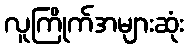
လူကြိုက်အများဆုံး